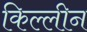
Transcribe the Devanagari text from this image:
किल्लीन